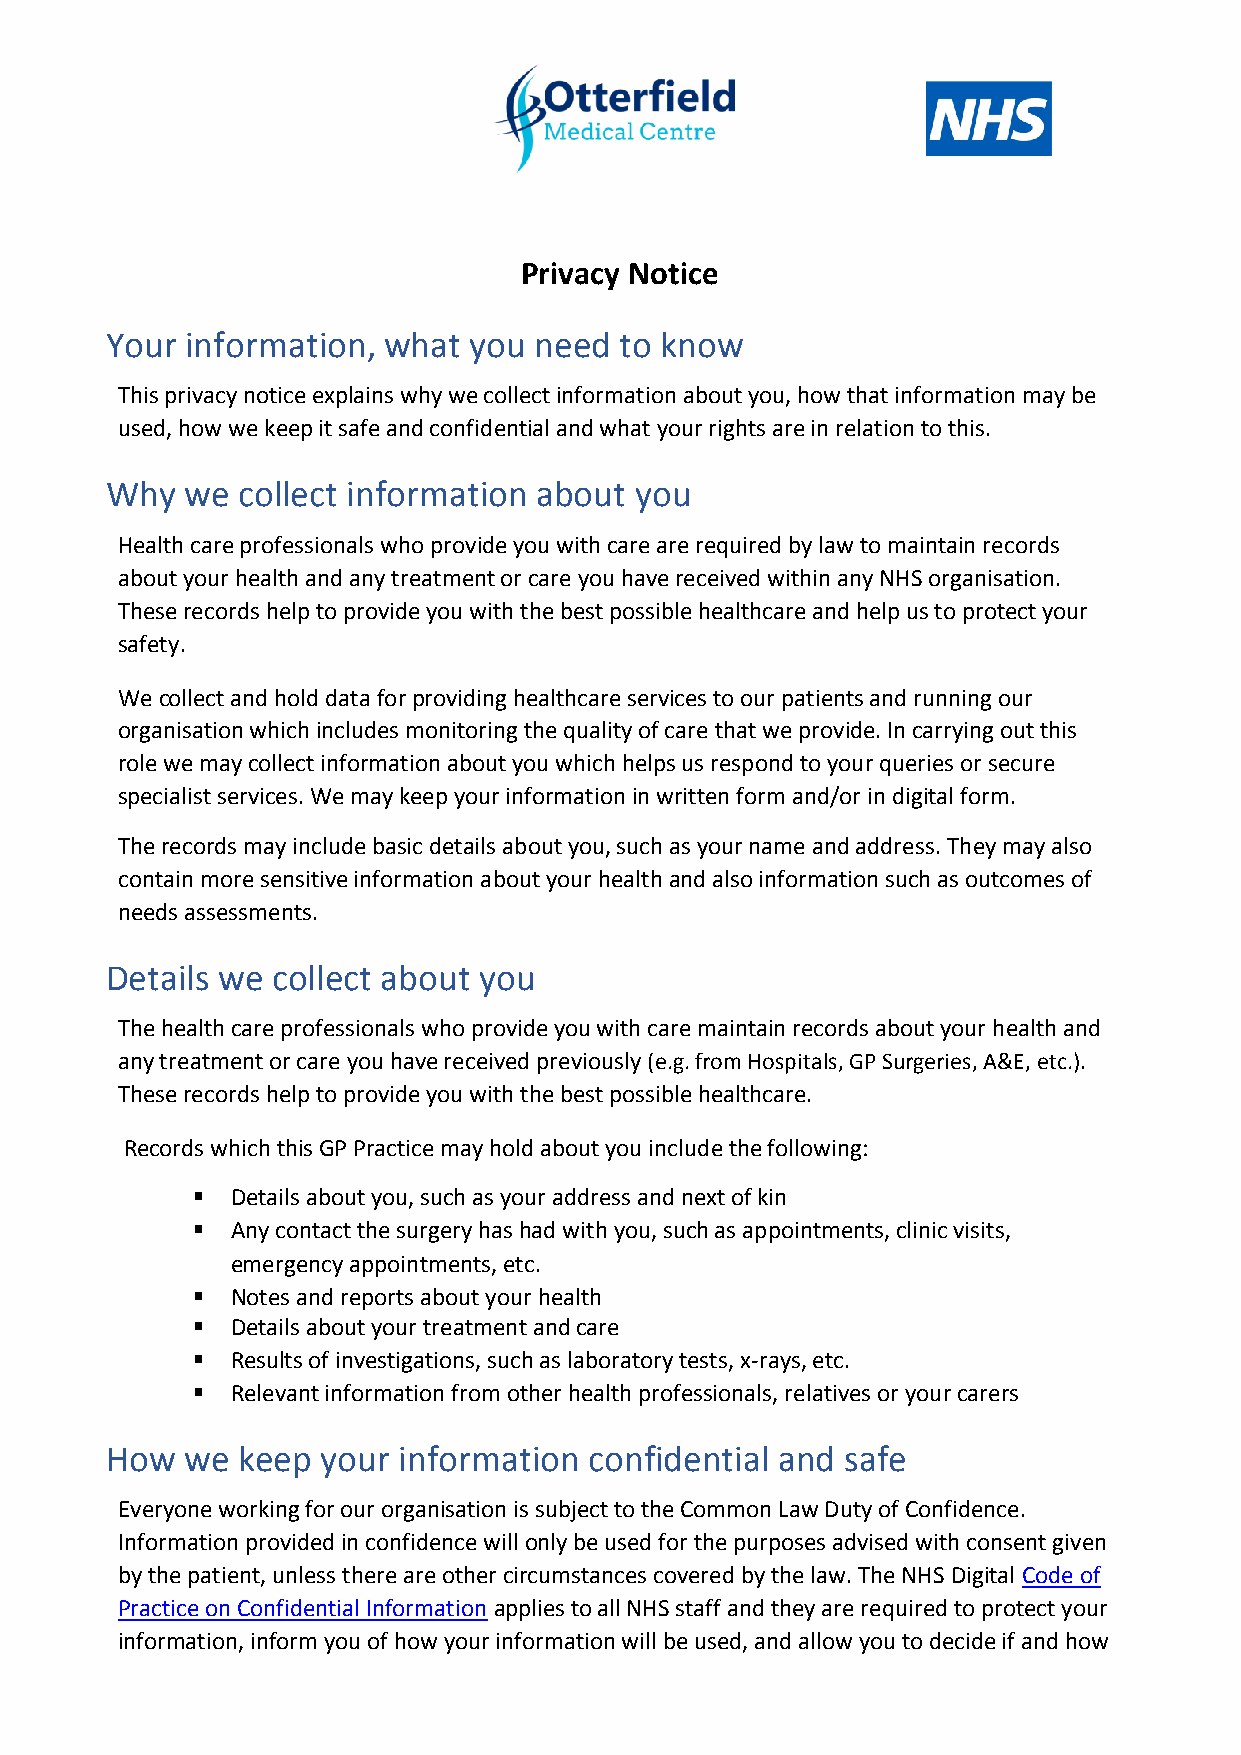
Privacy Notice
 Your information, what  you need  to know
 This privacy notice explains why we collect information about you, how that information may be
 used, how we keep it safe and confidential and what your rights are in relation to this.
 Why  we  collect information about you
 Health care professionals who provide you with care are required by law to maintain records
 about your health and any treatment or care you have received within any NHS organisation.
 These records help to provide you with the best possible healthcare and help us to protect your
 safety.
 We collect and hold data for providing healthcare services to our patients and running our
 organisation which includes monitoring the quality of care that we provide. In carrying out this
 role we may collect information about you which helps us respond to your queries or secure
 specialist services. We may keep your information in written form and/or in digital form.
 The records may include basic details about you, such as your name and address. They may also
 contain more sensitive information about your health and also information such as outcomes of
 needs assessments.
 Details we collect about you
 The health care professionals who provide you with care maintain records about your health and
 any treatment or care you have received previously (e.g. from Hospitals, GP Surgeries, A&E, etc.).
 These records help to provide you with the best possible healthcare.
 Records which this GP Practice may hold about you include the following:
 ▪ Details about you, such as your address and next of kin
 ▪ Any contact the surgery has had with you, such as appointments, clinic visits,
 emergency appointments, etc.
 ▪ Notes and reports about your health
 ▪ Details about your treatment and care
 ▪ Results of investigations, such as laboratory tests, x-rays, etc.
 ▪ Relevant information from other health professionals, relatives or your carers
 How  we  keep your information  confidential and safe
 Everyone working for our organisation is subject to the Common Law Duty of Confidence.
 Information provided in confidence will only be used for the purposes advised with consent given
 by the patient, unless there are other circumstances covered by the law. The NHS Digital Code of
 Practice on Confidential Information applies to all NHS staff and they are required to protect your
 information, inform you of how your information will be used, and allow you to decide if and how